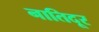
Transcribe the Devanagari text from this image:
नातिदूर